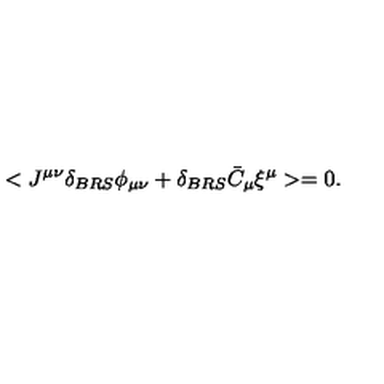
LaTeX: < J ^ { \mu \nu } \delta _ { B R S } \phi _ { \mu \nu } + \delta _ { B R S } \bar { C } _ { \mu } \xi ^ { \mu } > = 0 .